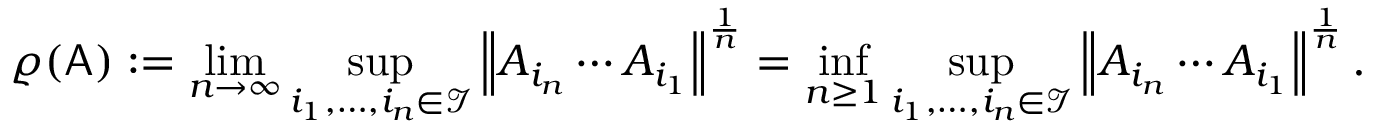
\varrho ( \mathsf { A } ) : = \operatorname* { l i m } _ { n \to \infty } \operatorname* { s u p } _ { i _ { 1 } , \ldots , i _ { n } \in \mathcal { I } } \left\| A _ { i _ { n } } \cdots A _ { i _ { 1 } } \right\| ^ { \frac { 1 } { n } } = \operatorname* { i n f } _ { n \geq 1 } \operatorname* { s u p } _ { i _ { 1 } , \ldots , i _ { n } \in \mathcal { I } } \left\| A _ { i _ { n } } \cdots A _ { i _ { 1 } } \right\| ^ { \frac { 1 } { n } } .